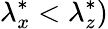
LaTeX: {\lambda}_{x}^{*}<{\lambda}_{z}^{*})